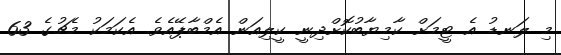
މި ލަނޑު އެ ޓީމަށް ކާމިޔާބުކޮށްދިނީ ކީލިއަން އެމްބާޕޭއެވެ. އެކަމަކު މެޗުގެ 63